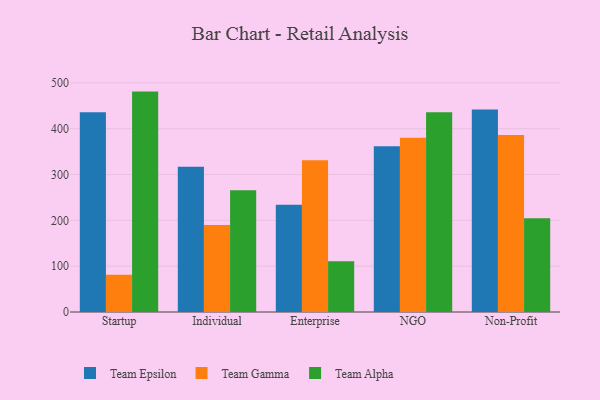
{"axis": {"x": "Segment", "y": "Energy Usage (MWh)"}, "legend": ["Team Alpha", "Team Epsilon", "Team Gamma"], "data": [{"x": "Startup", "y": 435.9, "type": "Team Epsilon"}, {"x": "Startup", "y": 81.4, "type": "Team Gamma"}, {"x": "Startup", "y": 480.9, "type": "Team Alpha"}, {"x": "Individual", "y": 316.9, "type": "Team Epsilon"}, {"x": "Individual", "y": 189.8, "type": "Team Gamma"}, {"x": "Individual", "y": 265.8, "type": "Team Alpha"}, {"x": "Enterprise", "y": 234.1, "type": "Team Epsilon"}, {"x": "Enterprise", "y": 331.3, "type": "Team Gamma"}, {"x": "Enterprise", "y": 110.8, "type": "Team Alpha"}, {"x": "NGO", "y": 361.9, "type": "Team Epsilon"}, {"x": "NGO", "y": 380.1, "type": "Team Gamma"}, {"x": "NGO", "y": 435.7, "type": "Team Alpha"}, {"x": "Non-Profit", "y": 442.1, "type": "Team Epsilon"}, {"x": "Non-Profit", "y": 386.4, "type": "Team Gamma"}, {"x": "Non-Profit", "y": 204.6, "type": "Team Alpha"}]}